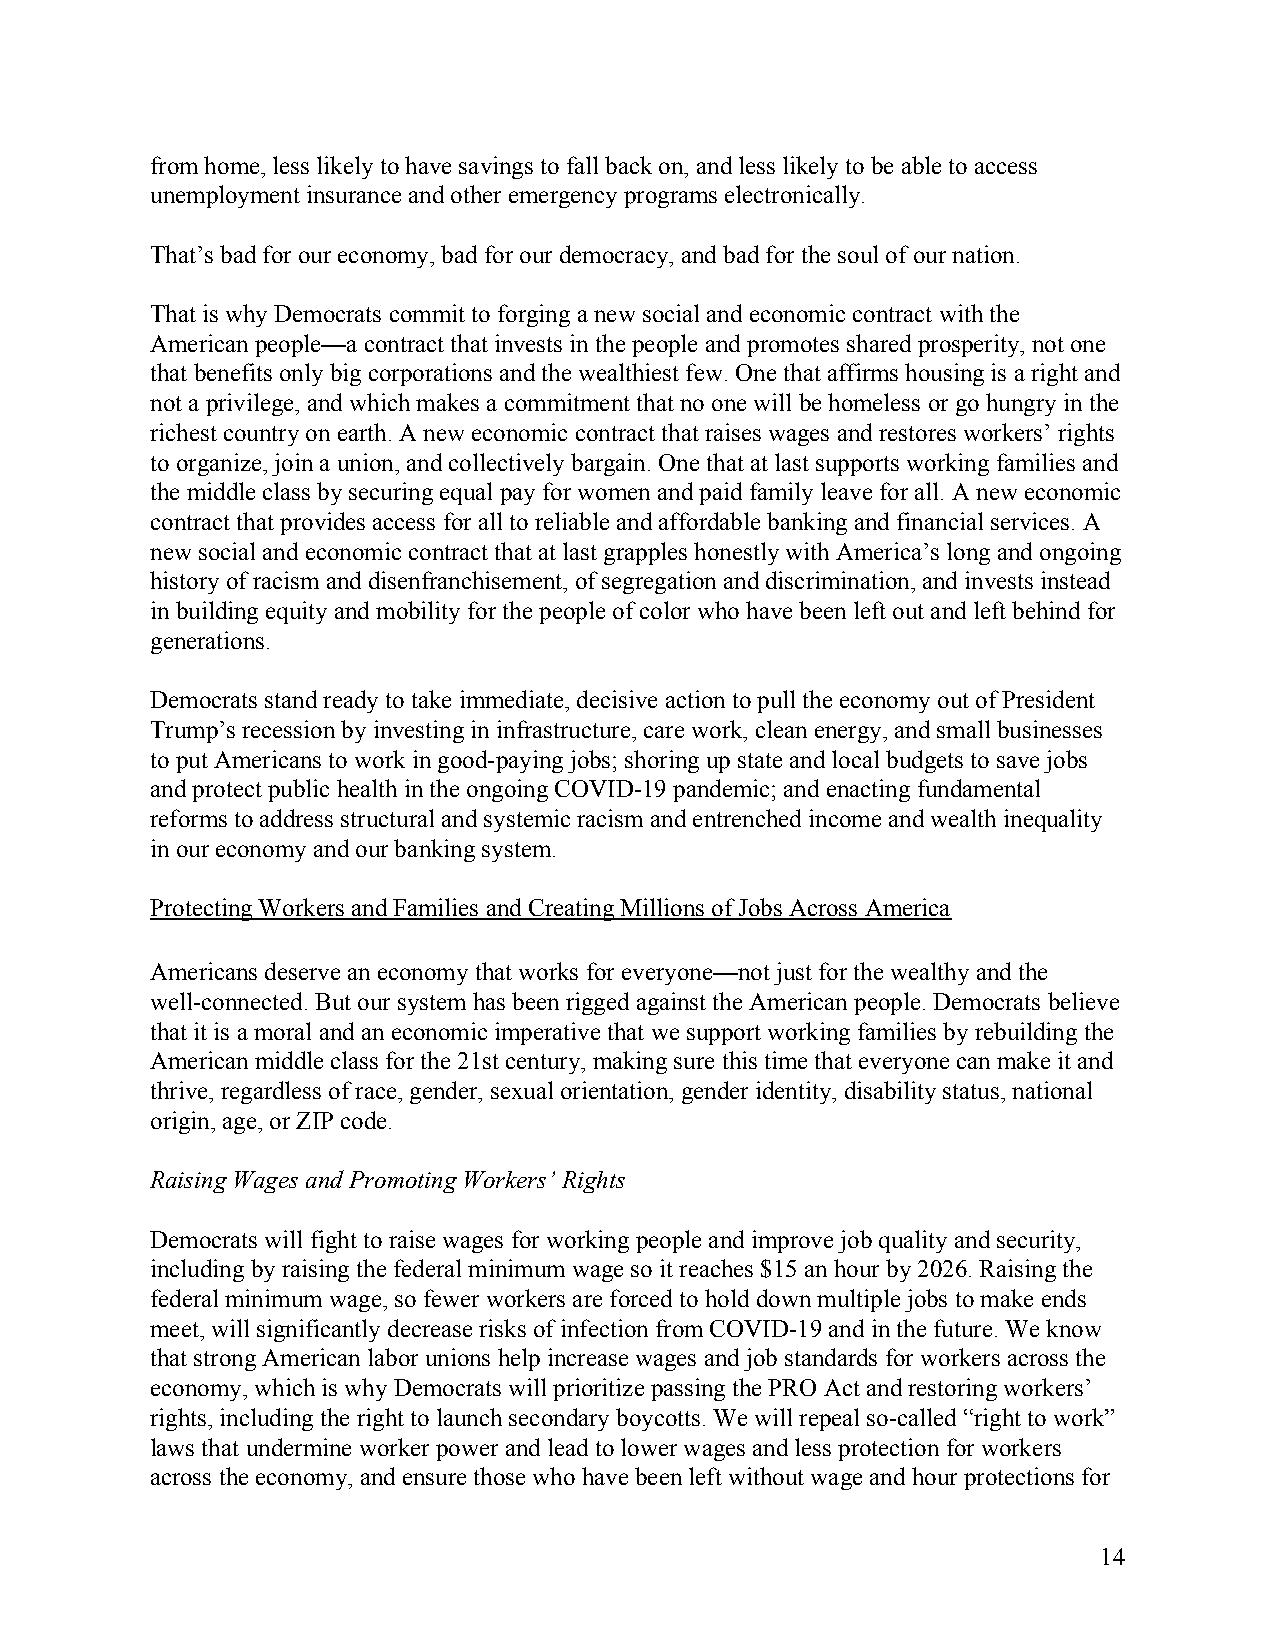
from home, less likely to have savings to fall back on, and less likely to be able to access
 unemployment insurance and other emergency programs electronically.
 That’s bad for our economy, bad for our democracy, and bad for the soul of our nation.
 That is why Democrats commit to forging a new social and economic contract with the
 American people—a contract that invests in the people and promotes shared prosperity, not one
 that benefits only big corporations and the wealthiest few. One that affirms housing is a right and
 not a privilege, and which makes a commitment that no one will be homeless or go hungry in the
 richest country on earth. A new economic contract that raises wages and restores workers’ rights
 to organize, join a union, and collectively bargain. One that at last supports working families and
 the middle class by securing equal pay for women and paid family leave for all. A new economic
 contract that provides access for all to reliable and affordable banking and financial services. A
 new social and economic contract that at last grapples honestly with America’s long and ongoing
 history of racism and disenfranchisement, of segregation and discrimination, and invests instead
 in building equity and mobility for the people of color who have been left out and left behind for
 generations.
 Democrats stand ready to take immediate, decisive action to pull the economy out of President
 Trump’s recession by investing in infrastructure, care work, clean energy, and small businesses
 to put Americans to work in good-paying jobs; shoring up state and local budgets to save jobs
 and protect public health in the ongoing COVID-19 pandemic; and enacting fundamental
 reforms to address structural and systemic racism and entrenched income and wealth inequality
 in our economy and our banking system.
 Protecting Workers and Families and Creating Millions of Jobs Across America
 Americans deserve an economy that works for everyone—not just for the wealthy and the
 well-connected. But our system has been rigged against the American people. Democrats believe
 that it is a moral and an economic imperative that we support working families by rebuilding the
 American middle class for the 21st century, making sure this time that everyone can make it and
 thrive, regardless of race, gender, sexual orientation, gender identity, disability status, national
 origin, age, or ZIP code.
 Raising Wages and Promoting Workers’ Rights
 Democrats will fight to raise wages for working people and improve job quality and security,
 including by raising the federal minimum wage so it reaches $15 an hour by 2026. Raising the
 federal minimum wage, so fewer workers are forced to hold down multiple jobs to make ends
 meet, will significantly decrease risks of infection from COVID-19 and in the future. We know
 that strong American labor unions help increase wages and job standards for workers across the
 economy, which is why Democrats will prioritize passing the PRO Act and restoring workers’
 rights, including the right to launch secondary boycotts. We will repeal so-called “right to work”
 laws that undermine worker power and lead to lower wages and less protection for workers
 across the economy, and ensure those who have been left without wage and hour protections for
 14